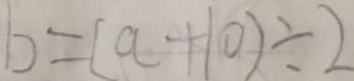
b = ( a + 1 0 ) \div 2